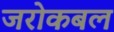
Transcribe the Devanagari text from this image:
जरोकबल